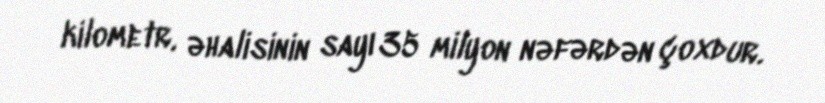
kilometr, əhalisinin sayı 35 milyon nəfərdən çoxdur.